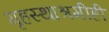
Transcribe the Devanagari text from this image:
गृहस्थाश्रमीही